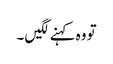
تو وہ کہنے لگیں ۔